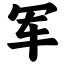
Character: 军